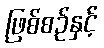
ဖြစ်စဉ်နှင့်